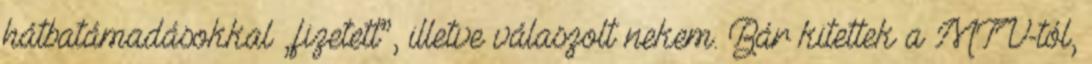
hátbatáma­dásokkal „fizetett”, illetve válaszolt nekem. Bár kitettek a MTV-tól,